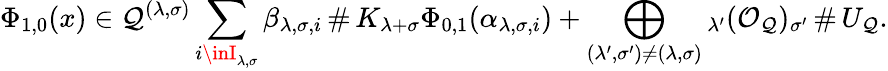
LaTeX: \Phi_{1,0}(x)\in\mathcal{Q}^{(\lambda,\sigma)}\sum_{i\inI_{\lambda,\sigma}}\beta_{\lambda,\sigma,i}\, \# \, K_{\lambda+\sigma}\Phi_{0,1}(\alpha_{\lambda,\sigma,i})+\bigoplus_{(\lambda^{\prime},\sigma^{\prime})\neq(\lambda,\sigma)}{_{\lambda^{\prime}}(\mathcal{{O}}_{\mathcal{Q}})_{\sigma^{\prime}}}\, \# \, U_{\mathcal{Q}}.